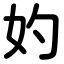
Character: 妁